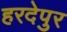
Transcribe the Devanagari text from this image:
हरदेपुर